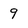
Character: 9